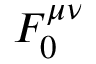
F _ { 0 } ^ { \mu \nu }